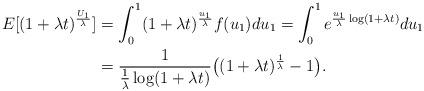
LaTeX: \begin{align*}E[(1+\lambda t)^{\frac{U_1}{\lambda }}] &= \int_0^1 (1+\lambda t)^{\frac{u_1}{\lambda }} f(u_1) du_1 = \int_0^1 e^{\frac{u_1}{\lambda }\log(1+\lambda t)} du_1\\&= \frac{1}{\frac{1}{\lambda }\log(1+\lambda t)} \big( (1+\lambda t)^{\frac{1}{\lambda }}-1\big).\end{align*}